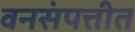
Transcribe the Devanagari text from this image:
वनसंपत्तीत